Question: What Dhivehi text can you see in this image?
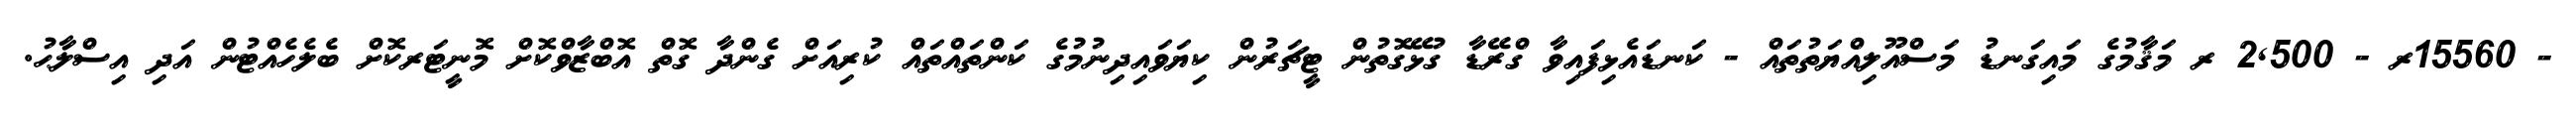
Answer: - 15560ރ - 2,500 ރ މަޤާމުގެ މައިގަނޑު މަސްއޫލިއްޔަތުތައް - ކަނޑައެޅިފައިވާ ގްރޭޑާ ގުޅޭގޮތުން ޓީޗަރުން ކިޔަވައިދިނުމުގެ ކަންތައްތައް ކުރިއަށް ގެންދާ ގޮތް އޮބްޒާވްކޮށް މޮނީޓަރކޮށް ބެލެހެއްޓުން އަދި އިސްލާޙު.